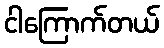
ငါကြောက်တယ်